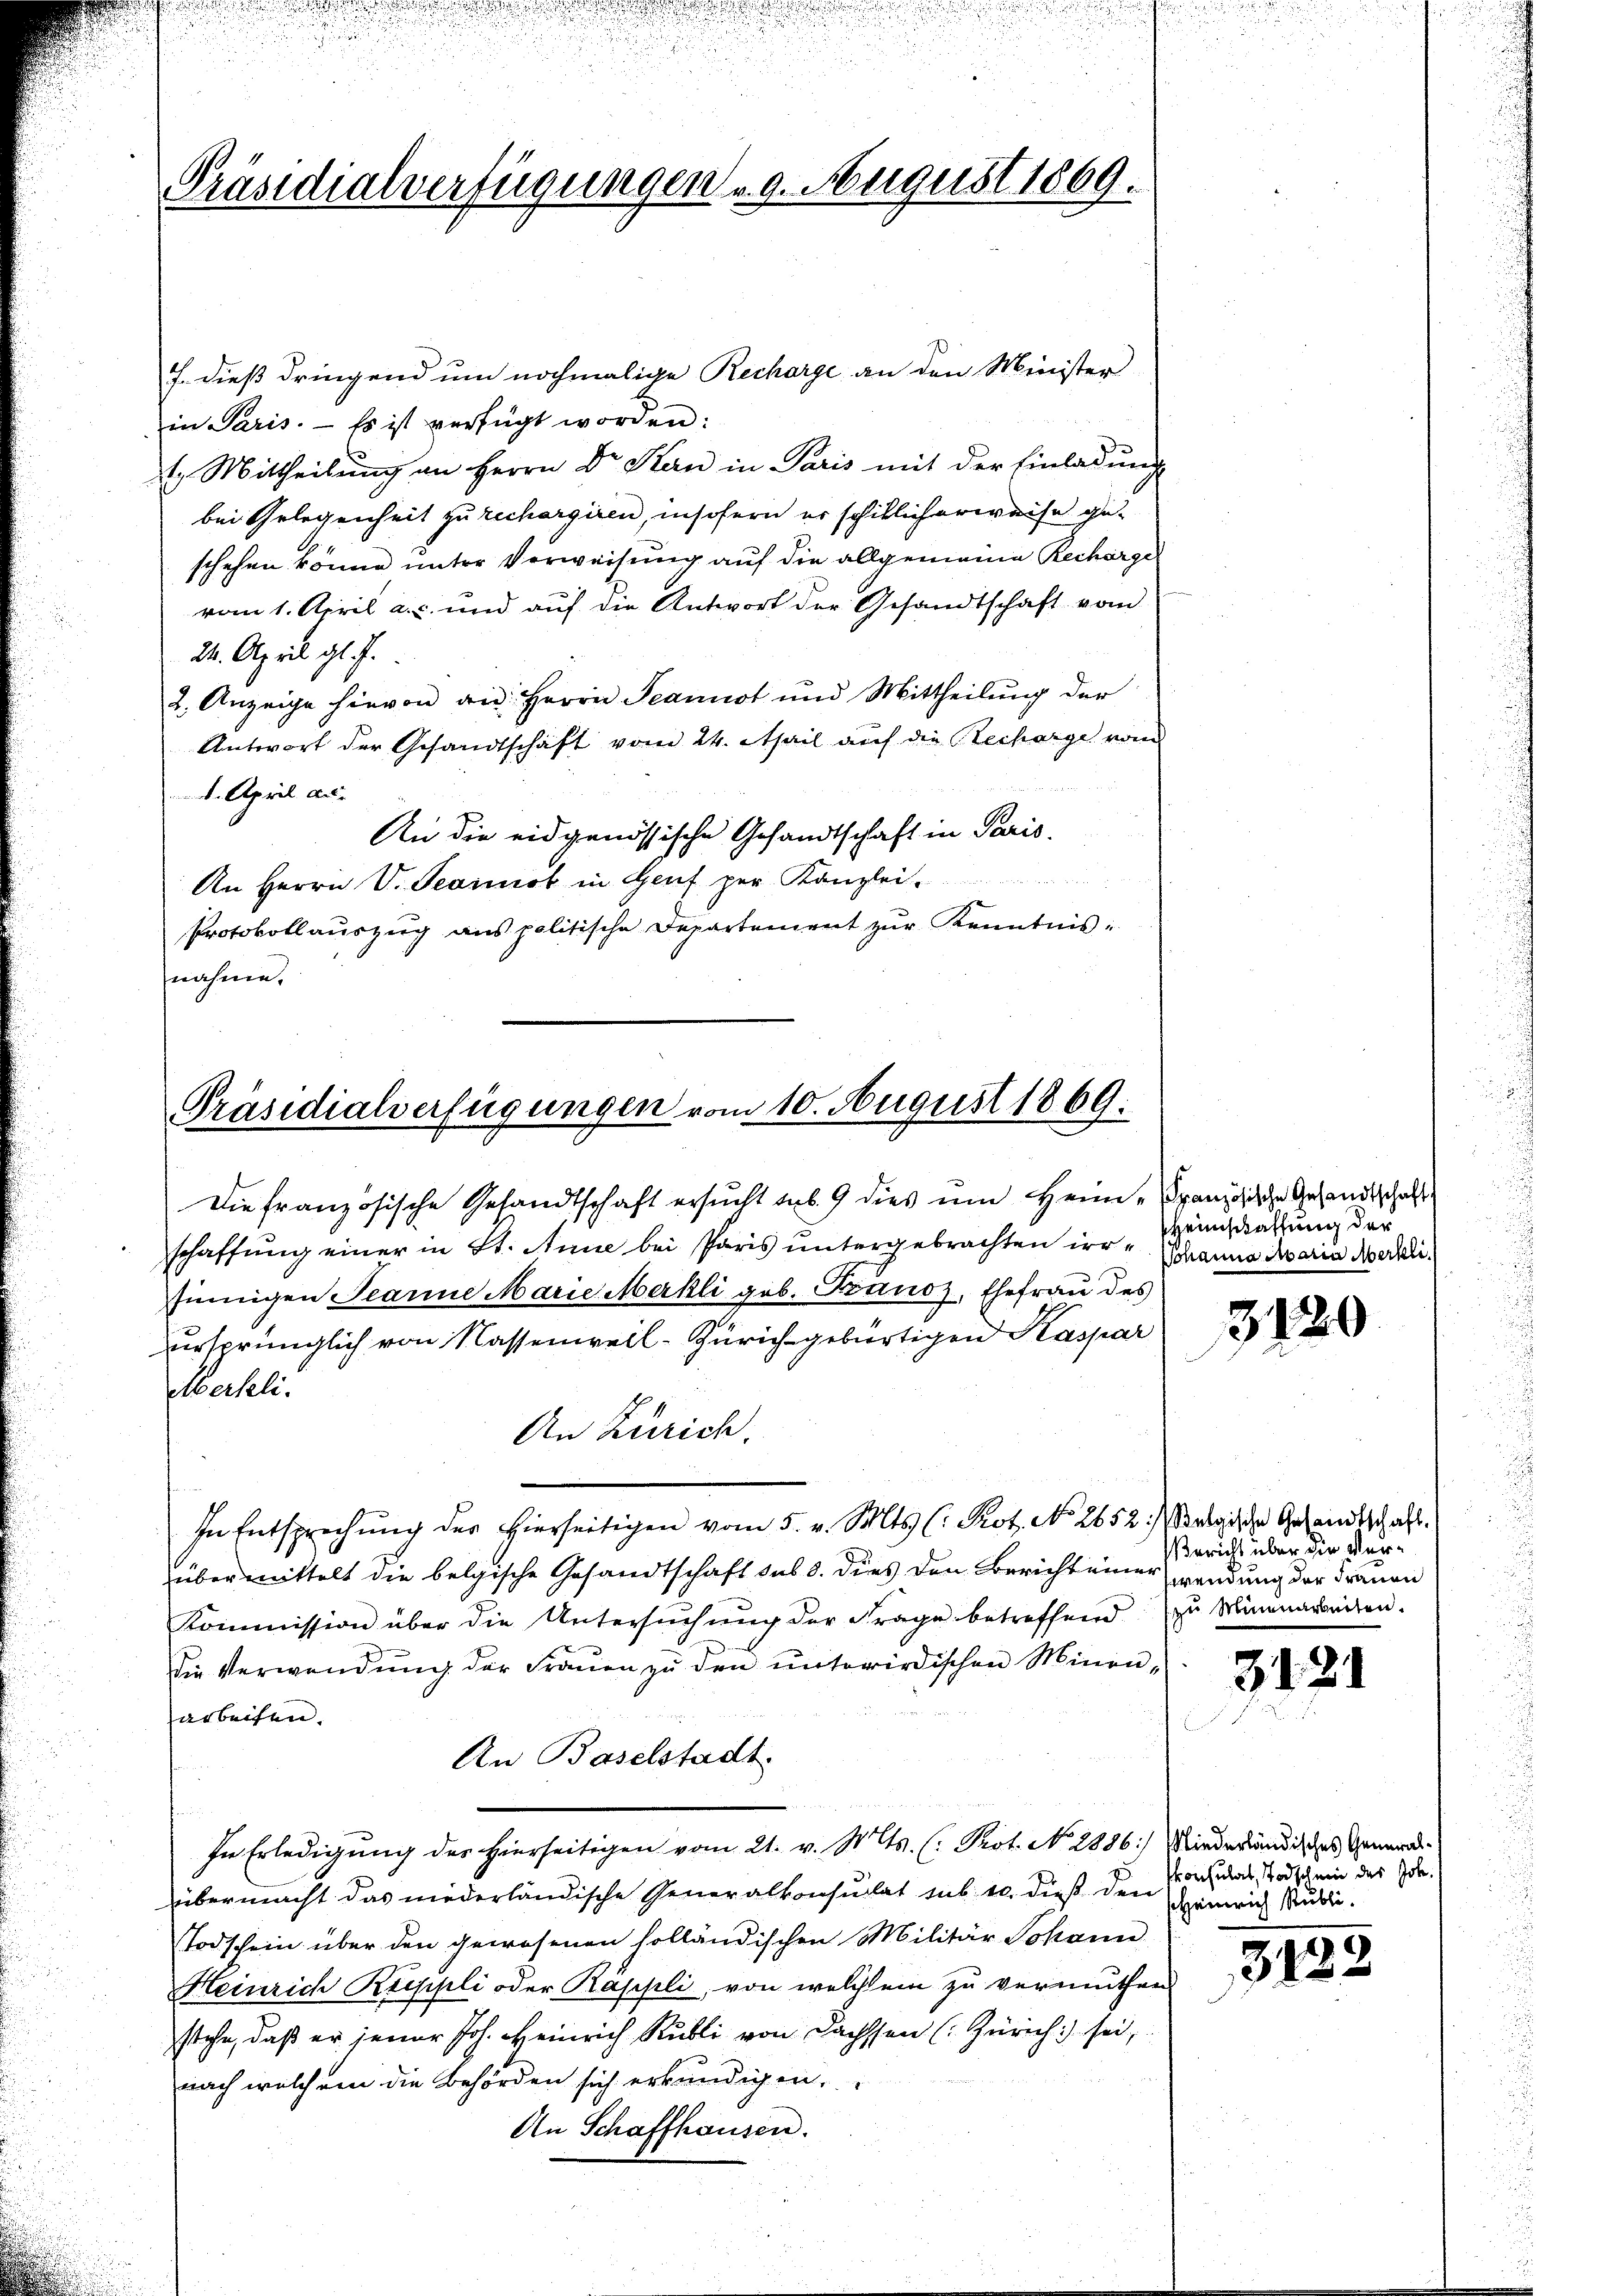
Präsidialverfügungen 9. August 1869.

J. dieß dringend um nochmalige Recharge an den Minister
in Paris. Es ist verfügt worden:
1. Mittheilung an Herrn Dr. Stern in Paris mit der Einladung
bei Gelegenheit zu rechargiren, insofern er schiklicherweise geschehen könne unter Verweisung auf die allgemeine Recharge
vom 1. April a. c. und auf die Antwort der Gesandtschaft vom
24. April gl. J.
2. Anzeige hievon an Herrn Seannst und Mittheilung der
Antwort der Gesandtschaft vom 24. April auf die Recharge vom
d. April au
An die eidgenössische Gesandtschaft in Paris.
An Herrn V. Pearob in Genf per Kanzlei
Protokollauszug aus politische Departement zur Kenntnis:
nahme.

Präsidialverfügungen vom 10. August 1869.

Merseli.
An Zürich.
In Entsprechŭng der hierseitigen vom 5. v. Mts. (: Prot. No. 2652. Belgische Gesandtschaft.
übermittelt die belgische Gesandtschaft sub 8. dies den Bericht einer wendung der Frauen
Kommission über die Untersŭchŭng der Frage betreffend zŭ Minenarbeiten.
die Verwendung der Frauen zu den unterirdischen Minenarbeiten.
An Baselstadt.
In Erledigung des hierseitigen vom 21. v. Mts. (: Prot. N. 2886: Niederländisches Generalübermacht das niederländische Generalkonsulat sub 10. dieß den Konsulat, Todschein des Joh.
Todschein über den gewesenen solländischen Militär Johann
Heinrich Ruppli oder Rappli, von welchem zu vermuthen
stehe, daß er jener Joh. Heinrich Kubli von Dachsten (Zürich sei,
nach welchem die Behörden sich erkundigen,
An Schaffhausen.

Die französische Gesandtschaft ersŭcht ab. 9 dies um Heim „Französische Gesandtschaft
schaffung einer in St. Anne bei Paris untergebrachten irr-einstattung der
sinigen Scarine Marie Merkli geb. Franoz, Ehefrau des
ursprünglich von Nassenweil-Zürich gebürtigen Kaspar

Sohanna Maria Merkli

3120

Bericht über die Ver¬

3121

Heinrich Rubli

3122